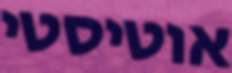
אוטיסטי